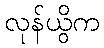
လုန်ယွိက